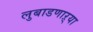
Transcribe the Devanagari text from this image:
लुबाडणाऱ्या